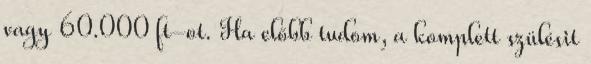
vagy 60.000 ft-ot. Ha előbb tudom, a komplett szülésit